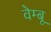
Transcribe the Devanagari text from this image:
वेम्बू